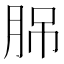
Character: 𦛉